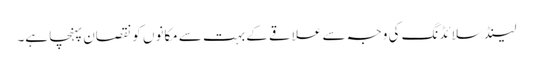
لینڈ سلائڈنگ کی وجہ سے علاقے کے بہت سے مکانوں کو نقصان پہنچا ہے۔